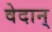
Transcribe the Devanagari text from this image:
वेदान्